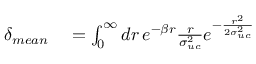
\begin{array} { r l } { \delta _ { m e a n } } & { { } = \int _ { 0 } ^ { \infty } d r \, e ^ { - \beta r } \frac { r } { \sigma _ { u c } ^ { 2 } } e ^ { - \frac { r ^ { 2 } } { 2 \sigma _ { u c } ^ { 2 } } } } \end{array}